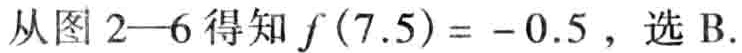
从图 2—6 得知 \(f(7.5)= - 0.5\)，选 B.